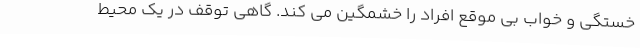
خستگی و خواب بی موقع افراد را خشمگین می کند. گاهی توقف در یک محیط